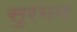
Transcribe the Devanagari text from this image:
सुरमन